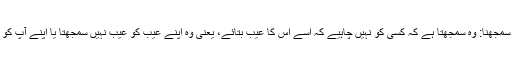
اپنے آپ کو بے عیب سمجھنا: وہ سمجھتا ہے کہ کسی کو نہیں چاہیے کہ اسے اس کا عیب بتائے، یعنی وہ اپنے عیب کو عیب نہیں سمجھتا یا اپنے آپ کو بے عیب سمجھتا ہے۔